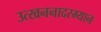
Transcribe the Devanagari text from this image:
उत्खननादरम्यान